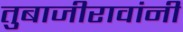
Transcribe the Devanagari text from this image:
तुबाजीरावांनी